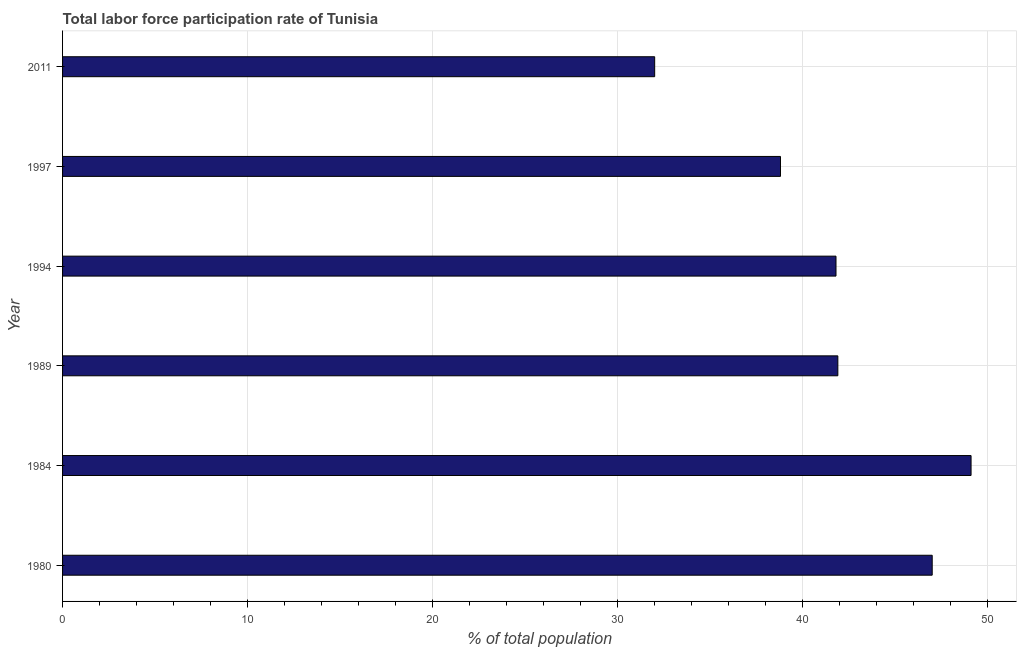
| Year | Labor force participation rate for ages 15-24 total |
 | --- | --- |
 | 1980 | 47 |
 | 1984 | 49.1 |
 | 1989 | 41.9 |
 | 1994 | 41.8 |
 | 1997 | 38.8 |
 | 2011 | 32 |